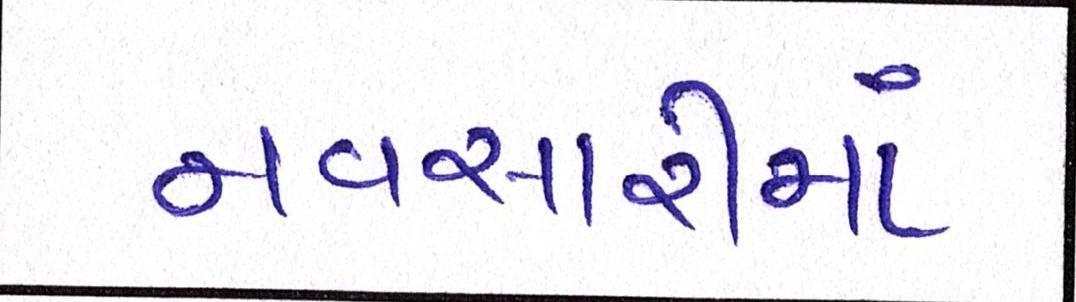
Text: નવસારીમાં